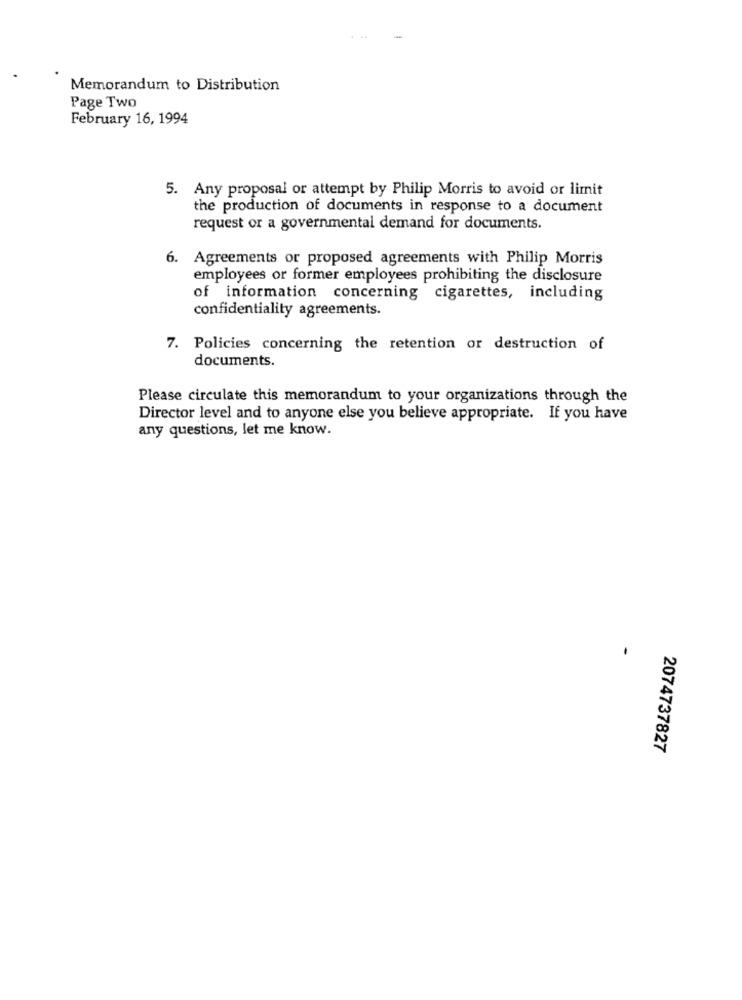
Memorandum to Distribution
Page Two
February 16, 1994
5. Any proposal or attempt by Philip Morris to avoid or limit
the production of documents in response to a document
request or a governmental demand for documents.
6. Agreements or proposed agreements with Philip Morris
employees or former employees prohibiting the disclosure
of information concerning cigarettes, including
confidentiality agreements.
7. Policies concerning the retention or destruction of
documents.
Please circulate this memorandum to your organizations through the
Director level and to anyone else you believe appropriate. If you have
any questions, let me know.
2074737827